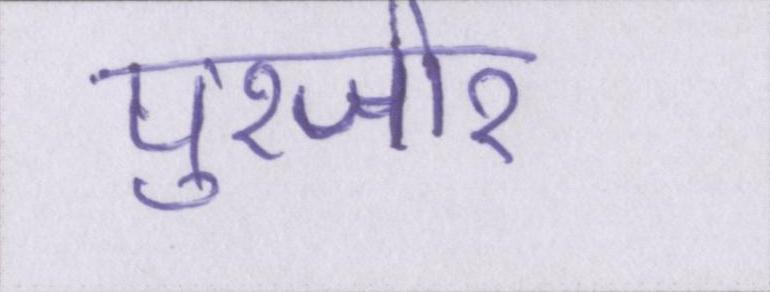
पुरजोर